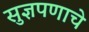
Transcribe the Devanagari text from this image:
सुज्ञपणाचे